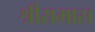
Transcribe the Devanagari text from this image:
श्रीरामास